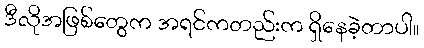
ဒီလိုအဖြစ်တွေက အရင်ကတည်းက ရှိနေခဲ့တာပါ။